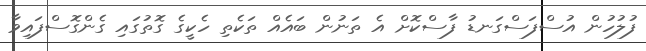
ފުލުހުން އުސްފަސްގަނޑު ފާސްކޮށް އެ ތަނުން ބައެއް ތަކެތި ހެކީގެ ގޮތުގައި ގެންގޮސްފައިވާ